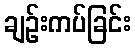
ချဉ်းကပ်ခြင်း